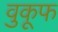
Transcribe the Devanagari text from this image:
वुकूफ